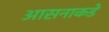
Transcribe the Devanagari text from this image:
आसनाकडे